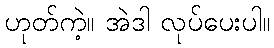
ဟုတ်ကဲ့။ အဲဒါ လုပ်ပေးပါ။